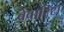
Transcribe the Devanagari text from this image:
ब्रेवारिस